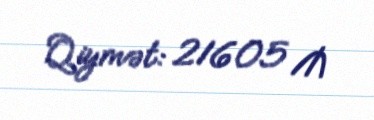
Qiymət: 21605 ₼